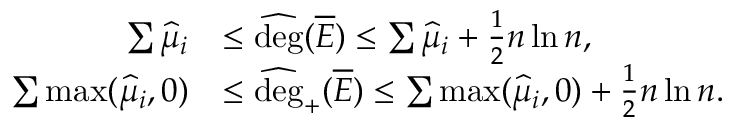
\begin{array} { r l } { \sum \widehat \mu _ { i } } & { \le \widehat { \mathrm { d e g } } ( \overline { E } ) \le \sum \widehat \mu _ { i } + \frac { 1 } { 2 } n \ln n , } \\ { \sum \operatorname* { m a x } ( \widehat \mu _ { i } , 0 ) } & { \le \widehat { \mathrm { d e g } } _ { + } ( \overline { E } ) \le \sum \operatorname* { m a x } ( \widehat \mu _ { i } , 0 ) + \frac { 1 } { 2 } n \ln n . } \end{array}